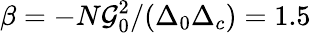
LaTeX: \beta=-N\mathcal{G}_{0}^{2}/(\Delta_{0}\Delta_{c})=1.5